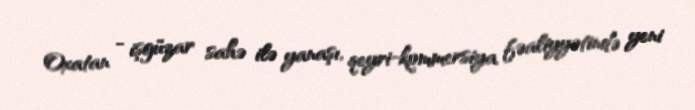
Oxatan - işgüzar sahə ilə yanaşı, qeyri-kommersiya fəaliyyətində yeni